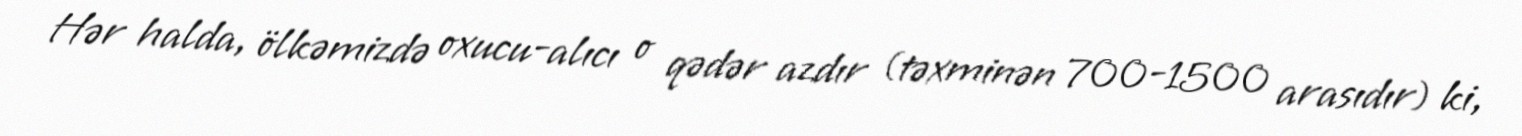
Hər halda, ölkəmizdə oxucu-alıcı o qədər azdır (təxminən 700-1500 arasıdır) ki,